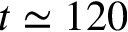
t \simeq 1 2 0